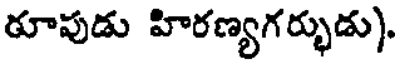
రూపుడు హిరణ్యగర్భుడు).